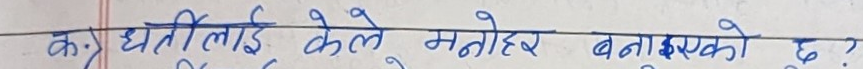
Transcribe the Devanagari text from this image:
कः धर्तीलाई केले मनोहर बनाएको छ ?